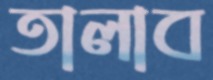
তালাব